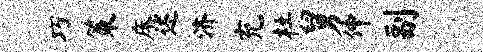
巧策床述济充杜舅仲副